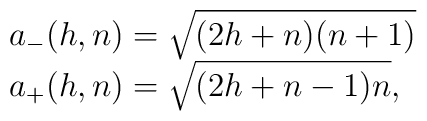
\begin {array}{lcr}a_{-}(h,n)=\sqrt{(2h+n)(n+1)}\\ a_{+}(h,n)=\sqrt{(2h+n-1)n},\end {array}